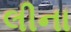
લીના